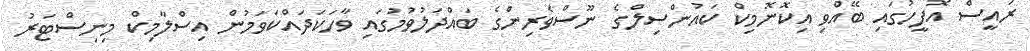
ރައީސް އޮފީހުގައި ބޭއްވި އިކޮނޮމިކް ކައުންސިލްގެ ނޫސްވެރިންގެ ބައްދަލުވުމުގައި ވާހަކަދައްކަވަމުން އިސްލާމިކް މިނިސްޓަރު